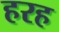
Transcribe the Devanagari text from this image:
हरह